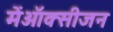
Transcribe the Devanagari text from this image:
मेंऑक्सीजन